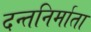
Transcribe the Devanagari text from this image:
दन्तनिर्माता